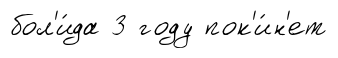
бол'и́да 3 году пок'и́н'ет